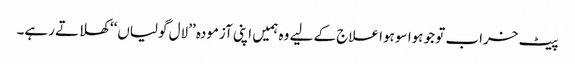
پیٹ خراب تو جو ہوا سو ہوا علاج کے لیے وہ ہمیں اپنی آزمودہ ’’لال گولیاں‘‘ کھلاتے رہے۔